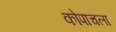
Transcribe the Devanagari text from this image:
कोपाचला